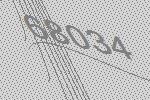
68034